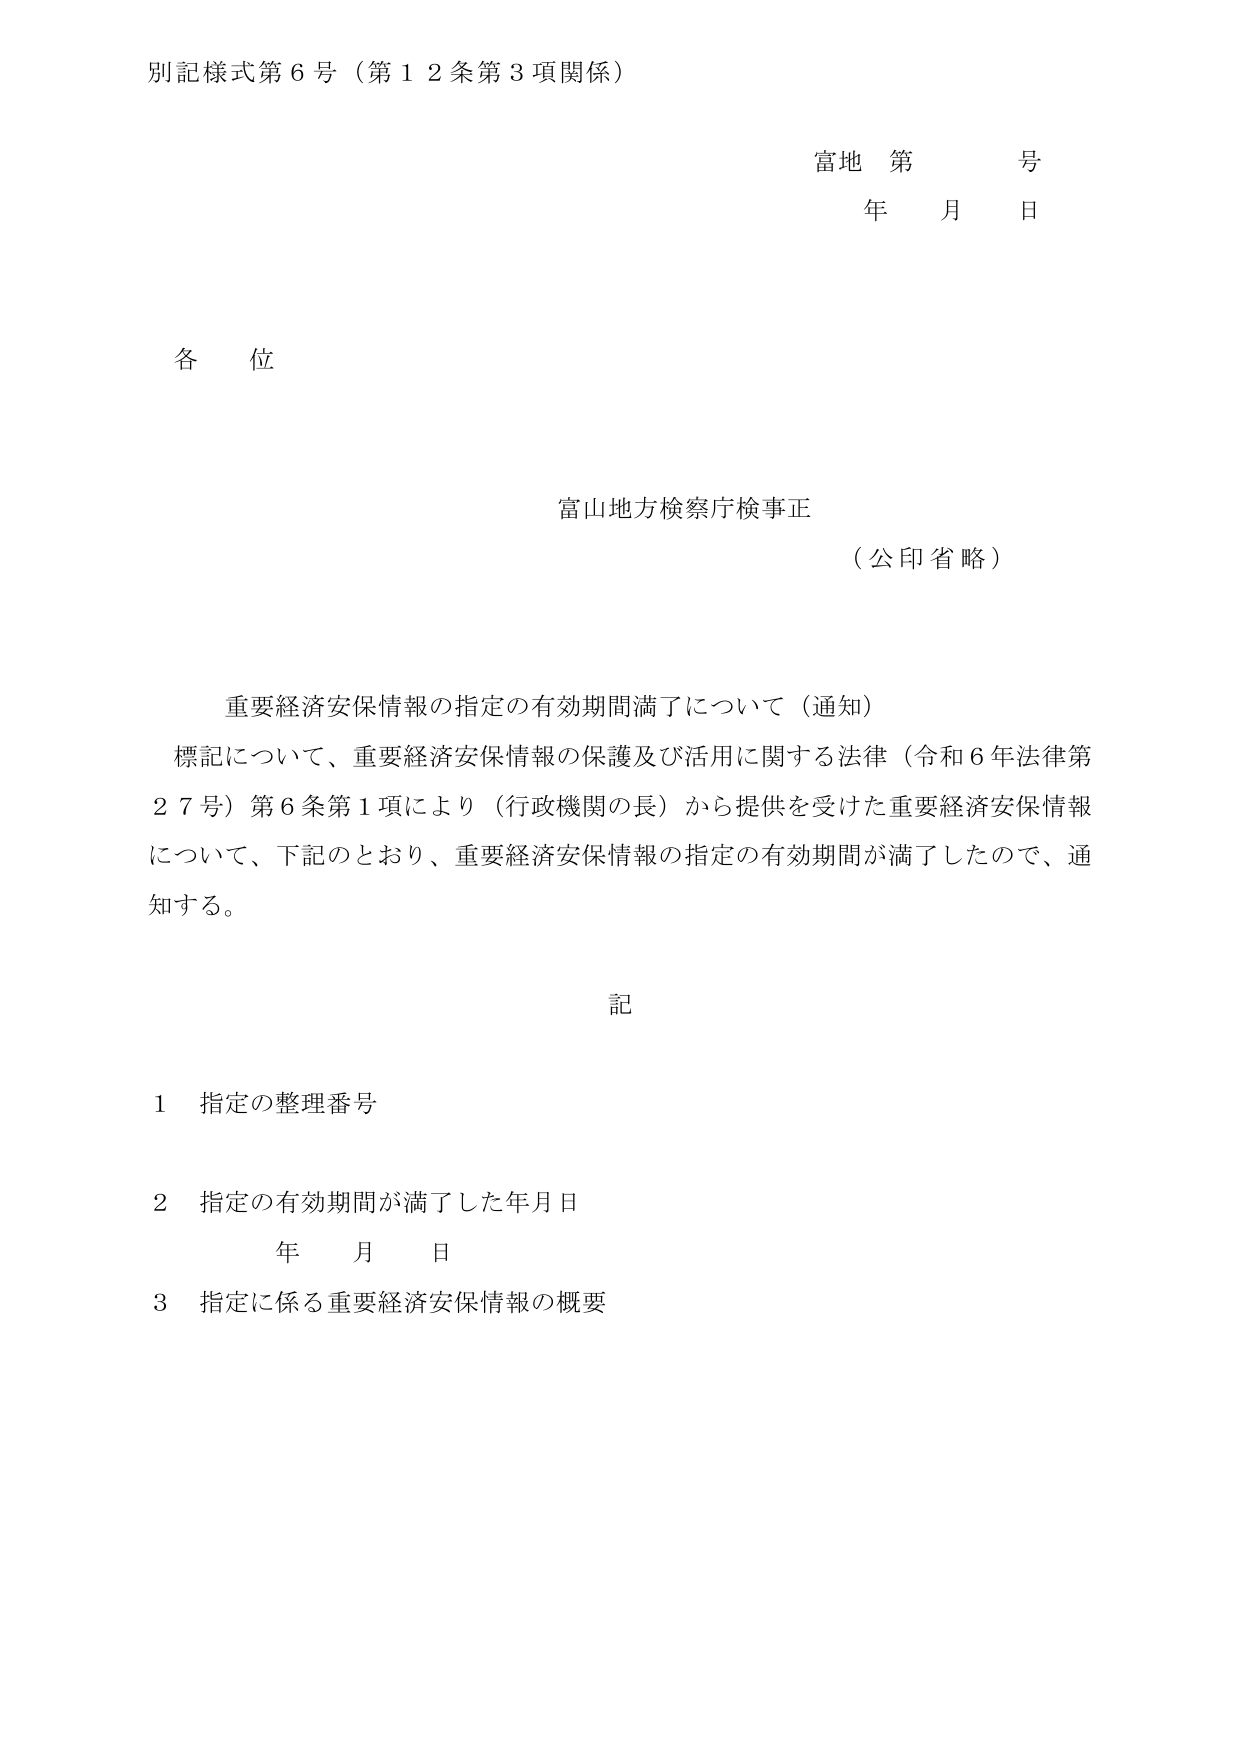
別記様式第６号（第１２条第３項関係）

富地 第 号
年 月 日

各位

富山地方検察庁検事正
（公印省略）

重要経済安保情報の指定の有効期間満了について（通知）
標記について、重要経済安保情報の保護及び活用に関する法律（令和６年法律第２７号）第６条第１項により（行政機関の長）から提供を受けた重要経済安保情報について、下記のとおり、重要経済安保情報の指定の有効期間が満了したので、通知する。

記

１ 指定の整理番号
２ 指定の有効期間が満了した年月日
　　年 月 日
３ 指定に係る重要経済安保情報の概要